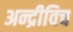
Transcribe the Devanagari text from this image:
अन्द्रीविच